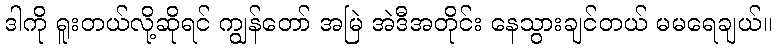
ဒါကို ရူးတယ်လို့ဆိုရင် ကျွန်တော် အမြဲ အဲဒီအတိုင်း နေသွားချင်တယ် မမရေချယ်။